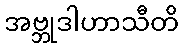
အဗ္ဘုဒါဟာသီတိ